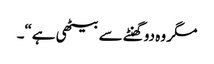
مگر وہ دوگھنٹے سے بیٹھی ہے“۔